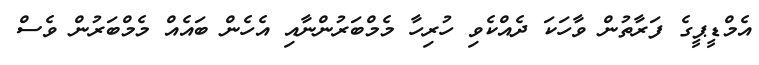
އެމްޑީޕީގެ ފަރާތުން ވާހަކަ ދެއްކެވި ހުރިހާ މެމްބަރުންނާއި އެހެން ބައެއް މެމްބަރުން ވެސް